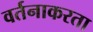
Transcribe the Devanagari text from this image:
वर्तनाकरता